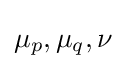
\mu _{p},\mu _{q},\nu